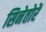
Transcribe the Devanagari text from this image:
सिनेतोरें